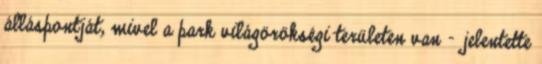
álláspontját, mivel a park világörökségi területen van - jelentette